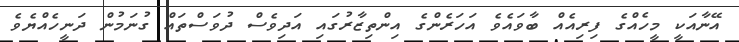
އޭނާއަކީ މީހެއްގެ ފިރިއެއް ބާވައެވެ އަހަރެންގެ އިންތިޒާރުގައި އަދިވެސް ދުވަސްތައް ގުނަމުން ދަނީހެއްޔެވެ